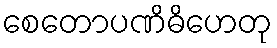
စေတောပဏိဓိဟေတု